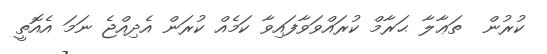
ކުރުން  ތަޢާލާ ޙަރާމް ކުރައްވަވާފައިވާ ކަމެއް ކުރަން އެދިއްޖެ ނަމަ އެއޮތީ